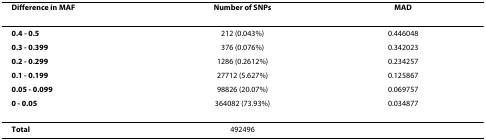
| Difference in MAF | Number of SNPs | MAD |
 | --- | --- | --- |
 | 0.4 - 0.5 | 212 (0.043%) | 0.446048 |
 | 0.3 - 0.399 | 376 (0.076%) | 0.342023 |
 | 0.2 - 0.299 | 1286 (0.2612%) | 0.234257 |
 | 0.1 - 0.199 | 27712 (5.627%) | 0.125867 |
 | 0.05 - 0.099 | 98826 (20.07%) | 0.069757 |
 | 0 - 0.05 | 364082 (73.93%) | 0.034877 |
 | Total | 492496 |  |